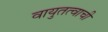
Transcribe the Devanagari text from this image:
वायुतत्वाची